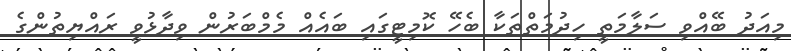
މިއަދު ބޭއްވި ސަލާމަތީ ހިދުމަތްތަކާ ބެހޭ ކޮމިޓީގައި ބައެއް މެމްބަރުން ވިދާޅުވީ ރައްޔިތުންގެ